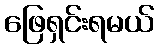
ဖြေရှင်းရမယ်